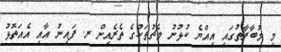
މި މުބާރާތުގައި އިއްޔެ ކުޅުނު މެޗުތަކުގެ ތެރެއިން ރ. ފައިނު އާއި އެއަތޮޅު